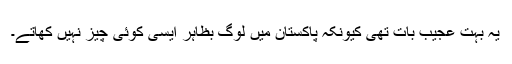
یہ بہت عجیب بات تھی کیونکہ پاکستان میں لوگ بظاہر ایسی کوئی چیز نہیں کھاتے۔